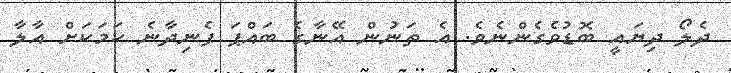
ދެލޯ ދިޔައީ ބޮޑުވެގެންނެވެ. އެ ތަނުން އޭނާގެ ބައްޕަ ފެނިދާނެ ކަމަކަށް އާލާ